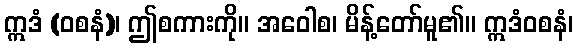
ဣဒံ (ဝစနံ)၊ ဤစကားကို။ အဝေါစ၊ မိန့်တော်မူ၏။ ဣဒံဝစနံ၊